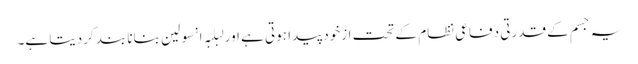
یہ جسم کے قدرتی دفاعی نظام کے تحت ازخود پیدا ہوتی ہے اور لبلبہ انسولین بنانا بند کردیتا ہے۔